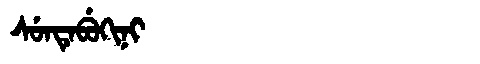
Manchu: ᠰᡠᠨᡨᡝᠪᡠᡴᡳᠨᡳ
Romanization: SUNTEBUKINI